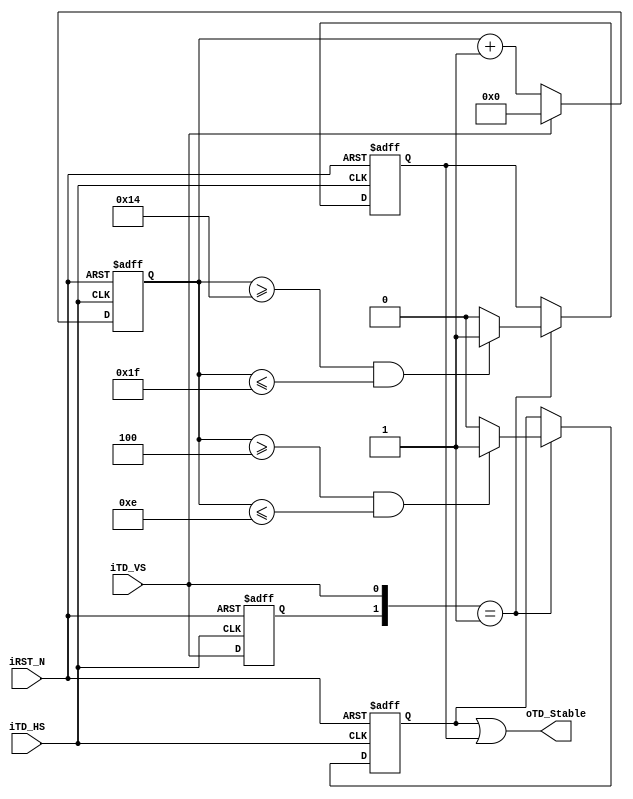
////////////////////////////////////////////////////////////////
// Source: TD_Detect.v
// About:  Removed PAL and NTSC outputs. Minor syntax changes.	   
////////////////////////////////////////////////////////////////

module td_detect
(	
  output oTD_Stable,
  input iTD_VS,
  input iTD_HS,
  input iRST_N	
);
reg			NTSC;
reg			PAL;
reg			Pre_VS;
reg	[7:0]	Stable_Cont;

assign	oTD_Stable	=	NTSC || PAL;

always@(posedge iTD_HS or negedge iRST_N) begin
	if(!iRST_N)
		begin
			Pre_VS		  <=	1'b0;
			Stable_Cont	  <=	4'h0;
			NTSC		  <=	1'b0;
			PAL  		  <=	1'b0;
		end
	else
		begin
			
			Pre_VS	<=	iTD_VS;

			if(!iTD_VS) 											Stable_Cont	<=	Stable_Cont+1'b1;
			else 													Stable_Cont	<=	0;
			
			if({Pre_VS,iTD_VS}==2'b01)
				begin
					if((Stable_Cont>=4 && Stable_Cont<=14))  		NTSC <=	1'b1;
					else									 		NTSC <=	1'b0;
				
					if((Stable_Cont>=8'h14 && Stable_Cont<=8'h1f)) 	PAL	 <=	1'b1;
					else 											PAL	 <=	1'b0;
				end
		end
end

endmodule